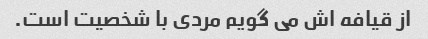
از قیافه اش می گویم مردی با شخصیت است.